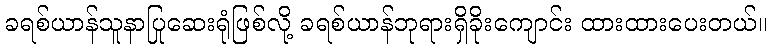
ခရစ်ယာန်သူနာပြုဆေးရုံဖြစ်လို့ ခရစ်ယာန်ဘုရားရှိခိုးကျောင်း ထားထားပေးတယ်။